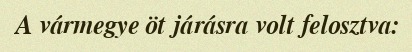
A vármegye öt járásra volt felosztva: